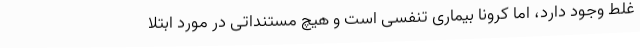
غلط وجود دارد، اما کرونا بیماری تنفسی است و هیچ مستنداتی در مورد ابتلا